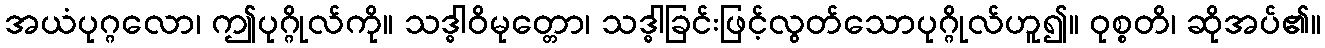
အယံပုဂ္ဂလော၊ ဤပုဂ္ဂိုလ်ကို။ သဒ္ဓါဝိမုတ္တော၊ သဒ္ဓါခြင်းဖြင့်လွတ်သောပုဂ္ဂိုလ်ဟူ၍။ ဝုစ္စတိ၊ ဆိုအပ်၏။